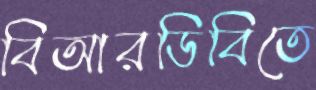
বিআরডিবিতে